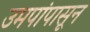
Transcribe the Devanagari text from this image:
उमपांपासून